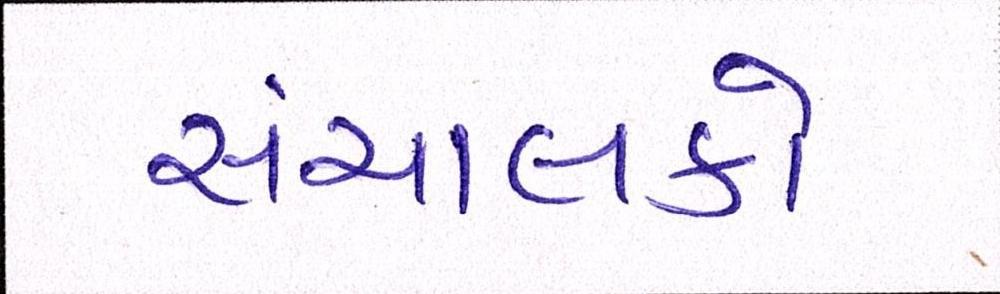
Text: સંચાલકો